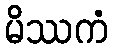
မိဿကံ